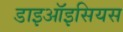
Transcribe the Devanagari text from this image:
डाइऑइसियस